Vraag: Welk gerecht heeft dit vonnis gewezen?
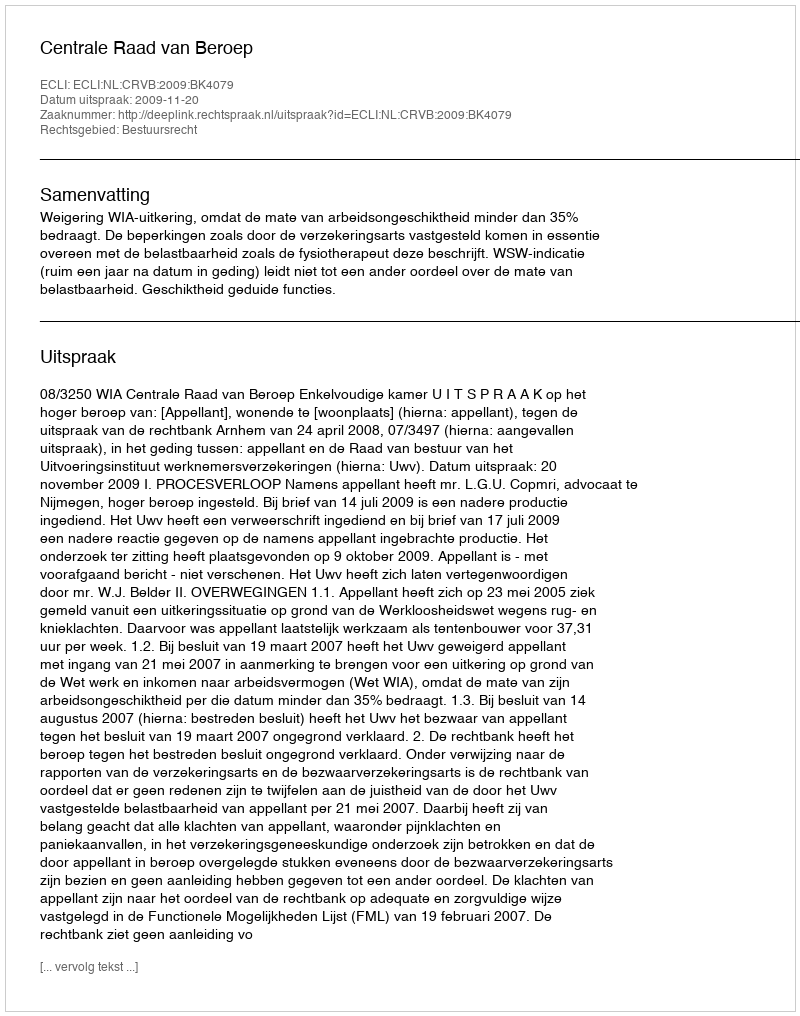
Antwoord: Centrale Raad van Beroep